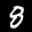
Label: 8